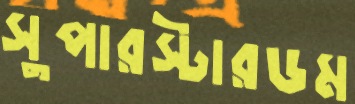
সুপারস্টারডম